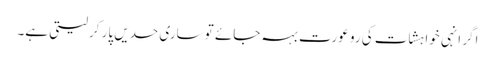
اگر انہی خواہشات کی رو عورت بہہ جائے تو ساری حدیں پار کرلیتی ہے۔